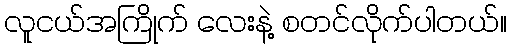
လူငယ်အကြိုက် လေးနဲ့ စတင်လိုက်ပါတယ်။